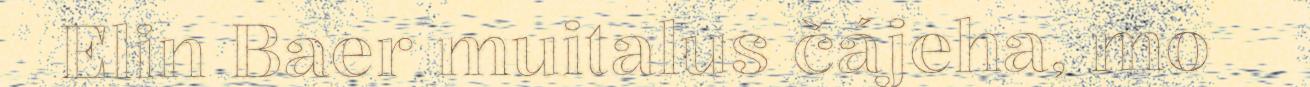
Elin Baer muitalus čájeha, mo